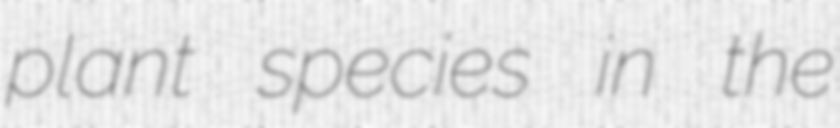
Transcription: plant species in the